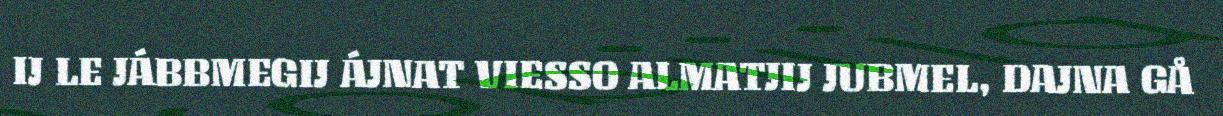
IJ LE JÁBBMEGIJ ÁJNAT VIESSO ALMATJIJ JUBMEL, DAJNA GÅ